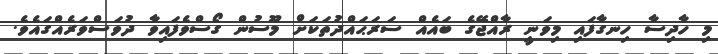
މި ހާދިސާ ހިނގާފައި މިވަނީ ރާއްޖޭގެ ބައެއް ސަރަޙައްދުތަކަށް މޫސުން ގޯސްވެފައިވާ ދުވަސްވަރެއްގައެވެ.